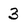
Character: 3